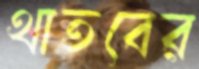
থাতবের